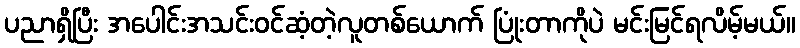
ပညာရှိပြီး အပေါင်းအသင်းဝင်ဆံ့တဲ့လူတစ်ယောက် ပြုံးတာကိုပဲ မင်းမြင်ရလိမ့်မယ်။